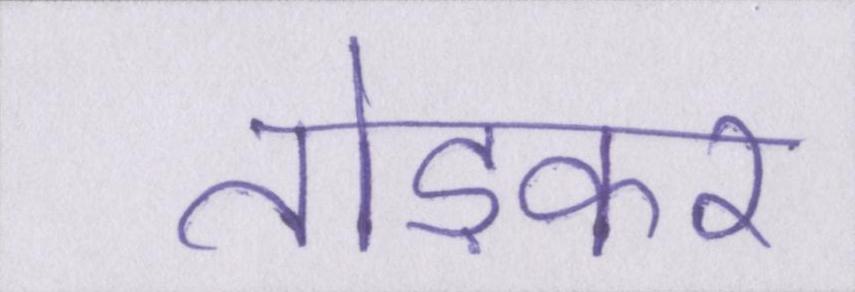
तोड़कर